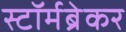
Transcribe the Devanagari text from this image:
स्टॉर्मब्रेकर